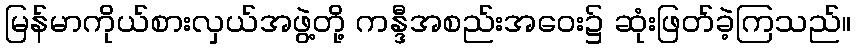
မြန်မာကိုယ်စားလှယ်အဖွဲ့တို့ ကန္ဒီအစည်းအဝေး၌ ဆုံးဖြတ်ခဲ့ကြသည်။